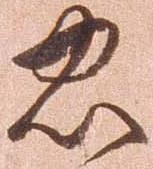
忠